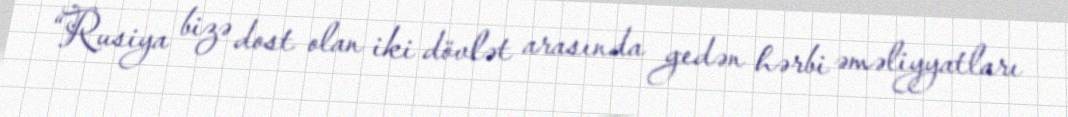
“Rusiya bizə dost olan iki dövlət arasında gedən hərbi əməliyyatları